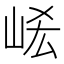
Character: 𡶱